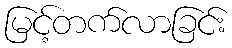
မြင့်တက်လာခြင်း